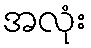
အလုံး